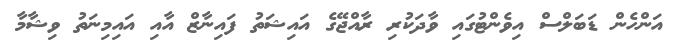
އަންހެން ޑަބަލްސް އިވެންޓުގައި ވާދަކުރި ރާއްޖޭގެ އައިޝަތު ފައިނާޒް އާއި އައިމިނަތު ވިޝާމާ